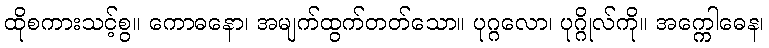
ထိုစကားသင့်စွ။ ကောဓနော၊ အမျက်ထွက်တတ်သော။ ပုဂ္ဂလော၊ ပုဂ္ဂိုလ်ကို။ အက္ကေါဓေန၊